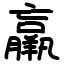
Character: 羸